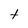
Character: t